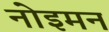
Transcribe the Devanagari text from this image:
नोइमन